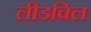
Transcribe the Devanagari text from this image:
लीडविल